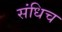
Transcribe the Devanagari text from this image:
संधिच